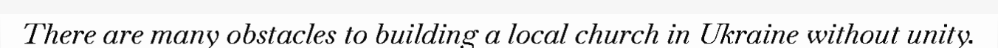
There are many obstacles to building a local church in Ukraine without unity.